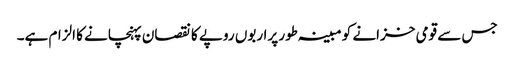
جس سے قومی خزانے کو مبینہ طور پراربوں روپے کا نقصان پہنچانے کا الزام ہے۔